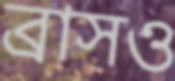
ব্রাসও